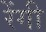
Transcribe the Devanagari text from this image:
रेंगी